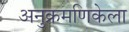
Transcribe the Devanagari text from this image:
अनुक्रमणिकेला